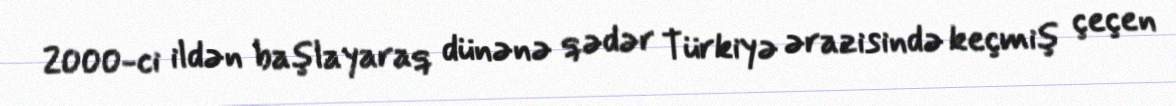
2000-ci ildən başlayaraq dünənə qədər Türkiyə ərazisində keçmiş çeçen